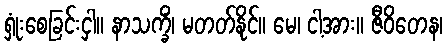
ရှုံးစေခြင်းငှါ။ နာသက္ခိံ၊ မတတ်နိုင်။ မေ၊ ငါ့အား။ ဇီဝိတေန၊